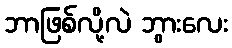
ဘာဖြစ်လို့လဲ ဘွားလေး